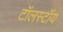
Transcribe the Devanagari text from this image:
टॉलस्‍टॉय